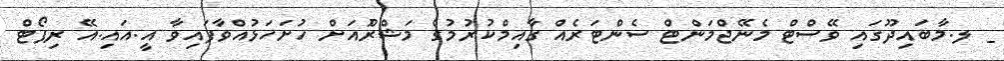
_ ލ.މާބައިދޫގައި ވޭސްޓް މެނޭޖްމަންޓް ސެންޓަރެއް ގާއިމްކުރުމުގެ މަޝްރޫެއަށް ހުށަހަޅުއްވާފައިވާ އީ.އައި.އޭ ރިޕޯޓް